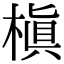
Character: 槙